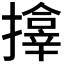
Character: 𪮷